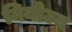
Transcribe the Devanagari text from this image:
नियोज्य